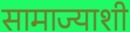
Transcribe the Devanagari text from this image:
सामाज्याशी